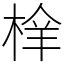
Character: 㮆